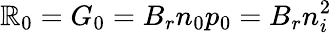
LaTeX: \mathbb{R}_{0}=G_{0}=B_{r}n_{0}p_{0}=B_{r}n_{i}^{2}